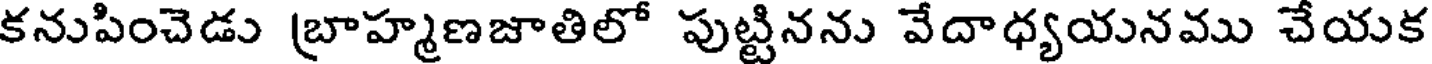
కనుపించెడు బ్రాహ్మణజాతిలో పుట్టినను వేదాధ్యయనము చేయక